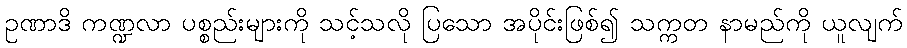
ဥဏာဒိ ကဏ္ဍလာ ပစ္စည်းများကို သင့်သလို ပြသော အပိုင်းဖြစ်၍ သက္ကတ နာမည်ကို ယူလျက်